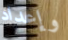
وإعداد